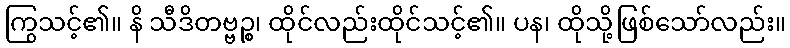
ကြွသင့်၏။ နိ သီဒိတဗ္ဗဉ္စ၊ ထိုင်လည်းထိုင်သင့်၏။ ပန၊ ထိုသို့ဖြစ်သော်လည်း။